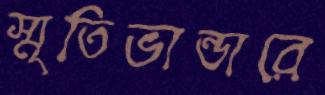
স্মৃতিভান্ডারে